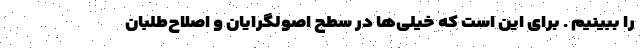
را ببینیم . برای این است که خیلی‌ها در سطح اصولگرایان و اصلاح‌طلبان